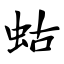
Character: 蛄